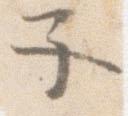
子